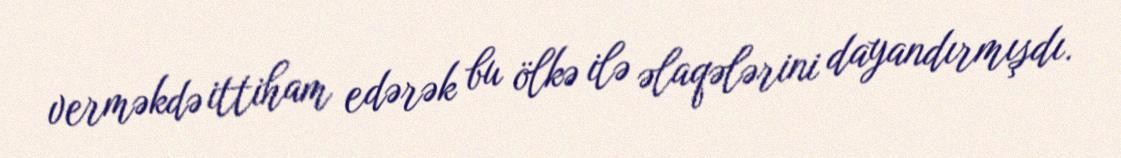
verməkdə ittiham edərək bu ölkə ilə əlaqələrini dayandırmışdı.